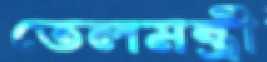
তেলমন্ত্রী